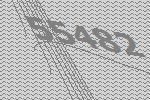
55482